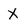
Character: X